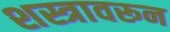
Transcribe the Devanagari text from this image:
शस्त्रावरून